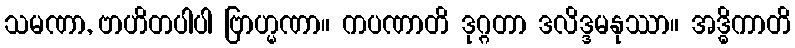
သမဏာ, ဗာဟိတပါပါ ဗြာဟ္မဏာ။ ကပဏာတိ ဒုဂ္ဂတာ ဒလိဒ္ဒမနုဿာ။ အဒ္ဓိကာတိ